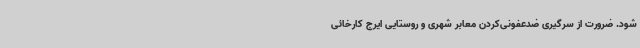
شود. ضرورت از سرگیری ضدعفونی‌کردن معابر شهری و روستایی ایرج کارخائی